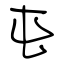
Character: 屯